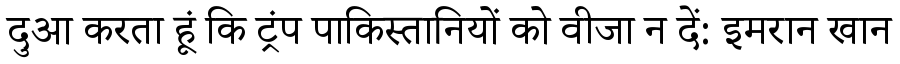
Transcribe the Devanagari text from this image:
दुआ करता हूं कि ट्रंप पाकिस्तानियों को वीजा न दें: इमरान खान